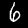
Digit: 6